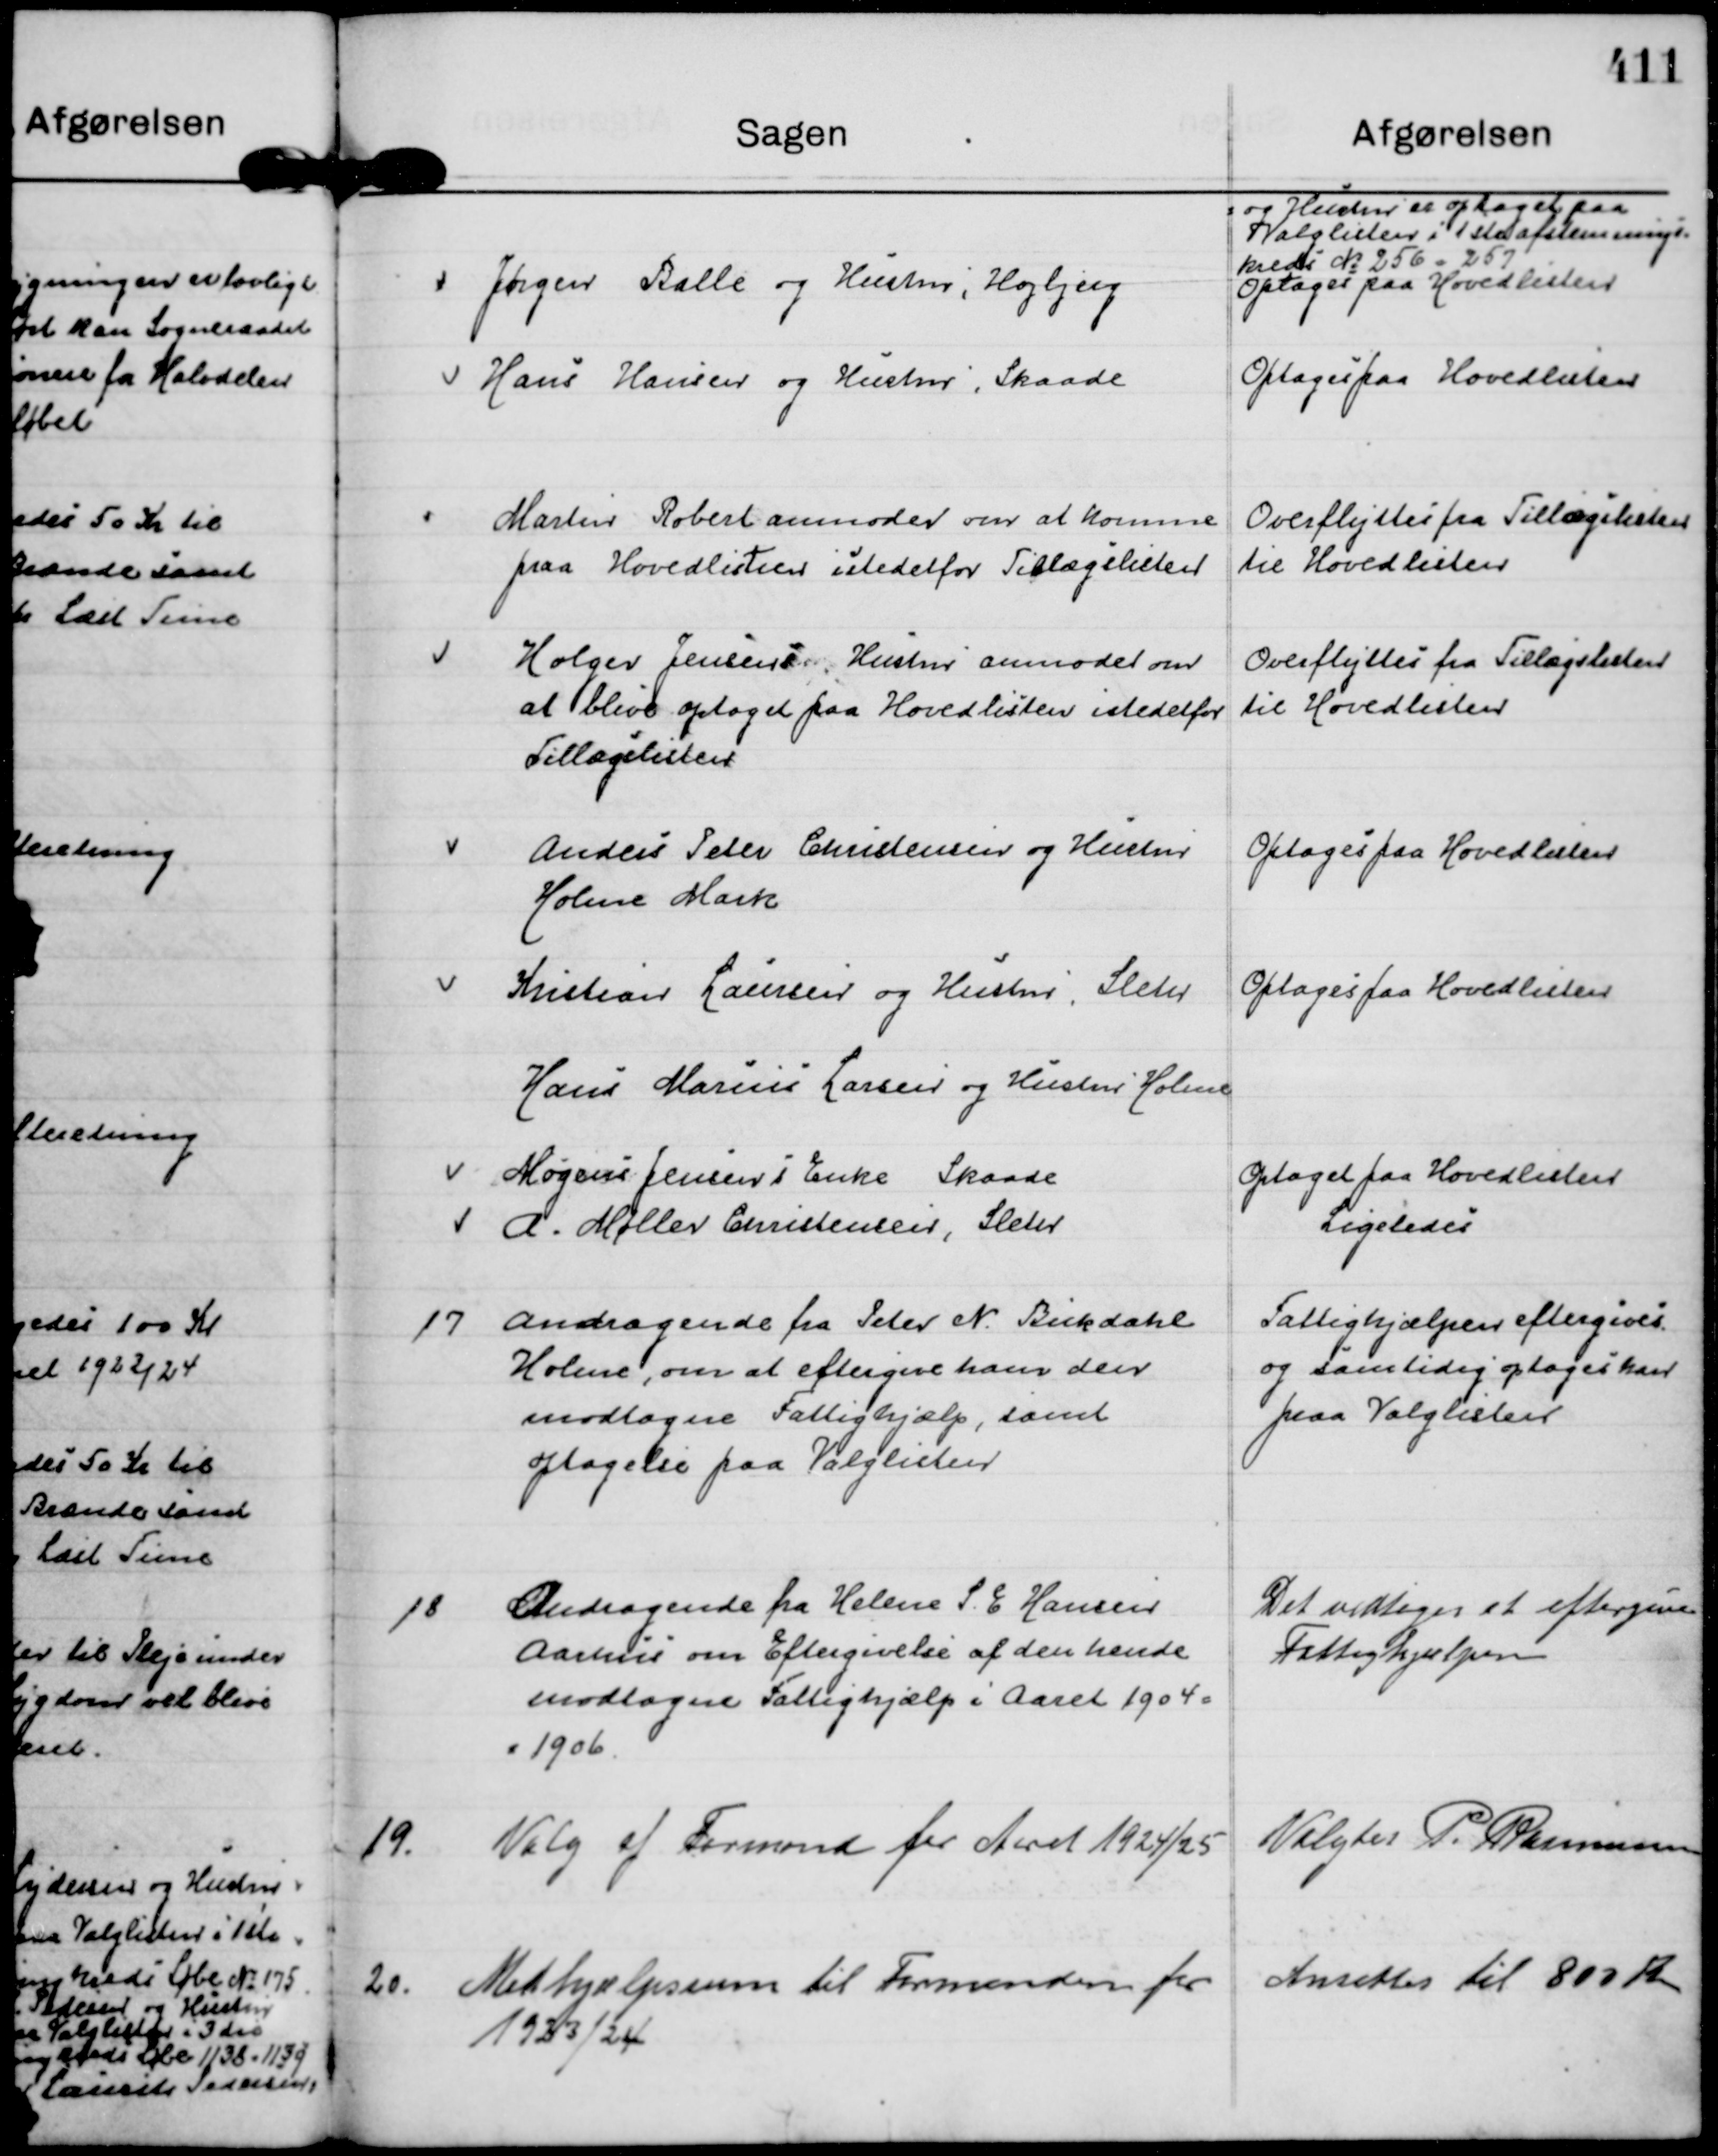
Transskription:
og Hustru er optaget paa
Valglisten i 1ste afstemnings=
kreds No 256 - 257

Jørgen Balle og Hustru, Højbjerg

Optages paa Hovedlisten

Hans Hansen og Hustru, Skaade

Optages paa Hovedlisten

Martin Robert anmoder om at komme
paa Hovedlisten istedetfor Tillægslisten

Overflyttes fra Tillægslisten
til Hovedlisten

Holger Jensens Hustru anmoder om
at blive optaget paa Hovedlisten istedetfor
Tillægslisten

Overflyttes fra Tillægslisten
til Hovedlisten

Anders Peter Christensen og Hustru
Holme Mark

Optages paa Hovedlisten

Kristian Laursen og Hustru, Sleth

Optages paa Hovedlisten

Hans Marius Larsen og Hustru Holme

Mogens Jensen s Enke Skaade
A. Møller Christensen, Sleth

Optages paa Hovedlisten
Ligeledes

17
Andragende fra Peter N. Bukdahl 
Holme, om at eftergive ham den
modtagne Fattighjælp, samt
optagelse paa Valglisten

Fattighjælpen eftergives
og samtidig optages han
paa Valglisten

18
Andragende fra Helene S. E Hansen
Aarhus om Eftergivelse af den hende
modtagne Fattighjælp i Aaret 1904 =
= 1906.

Det vedtoges at eftergive
Fattighjælpen

19.
Valg af Formand for Aaret 1924/25

Valgtes P. Rasmussen

20.
Medhjælpssum til Formanden for
1923/24

Ansattes til 800 Kr